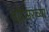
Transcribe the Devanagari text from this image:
दहिसरच्या